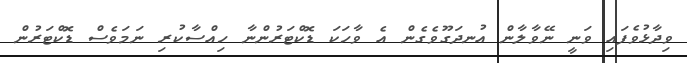
ވިދާޅުވެފައި ވަނީ ނޭވާލާން އުނދަގޫވެގެން އެ ވާހަކަ ޑޮކްޓަރުންނާ ހިއްސާކުރި ނަމަވެސް ޑޮކްޓަރުން